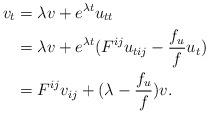
LaTeX: \begin{align*}v_t&=\lambda v+e^{\lambda t}u_{tt}\\&=\lambda v+e^{\lambda t}(F^{ij}u_{tij}-\frac{f_u}{f}u_t)\\&=F^{ij}v_{ij}+(\lambda-\frac{f_u}{f})v.\end{align*}